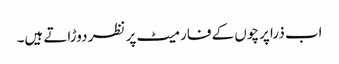
اب ذرا پرچوں کے فارمیٹ پر نظر دوڑاتے ہیں۔